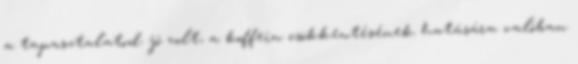
a tapasztalatod jó volt, a koffein csökkentésének hatására valóban